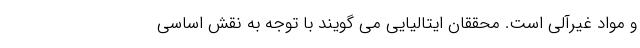
و مواد غیرآلی است. محققان ایتالیایی می گویند با توجه به نقش اساسی